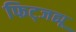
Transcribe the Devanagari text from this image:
फिट्जह्यू